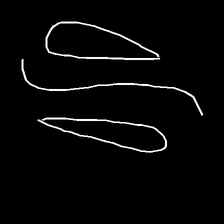
Glyph: water